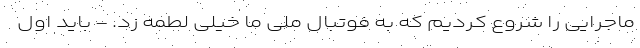
ماجرایی را شروع کردیم که به فوتبال ملی ما خیلی لطمه زد. - باید اول